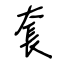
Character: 套